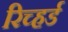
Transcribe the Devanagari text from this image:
रिच्हर्ड